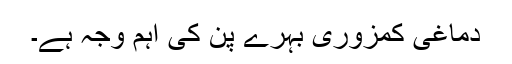
دماغی کمزوری بہرے پن کی اہم وجہ ہے۔